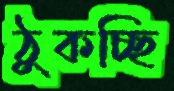
ঠুকচ্ছি